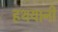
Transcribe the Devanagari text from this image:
हथयानी